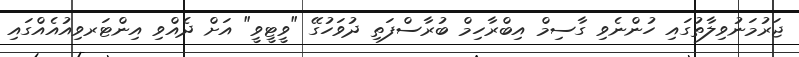
ޖަރުމަނުވިލާތުގައި ހުންނެވި ގާސިމް އިބްރާހިމް ބުރާސްފަތި ދުވަހުގޭ "ވީޓީވީ" އަށް ދެއްވި އިންޓަރވިއުއެއްގައި